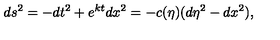
d s ^ { 2 } = - d t ^ { 2 } + e ^ { k t } d x ^ { 2 } = - c ( \eta ) ( d \eta ^ { 2 } - d x ^ { 2 } ) ,